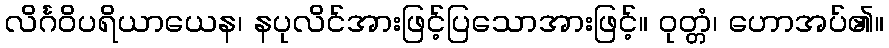
လိင်္ဂဝိပရိယာယေန၊ နပုလိင်အားဖြင့်ပြသောအားဖြင့်။ ဝုတ္တံ၊ ဟောအပ်၏။